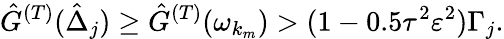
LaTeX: \hat{G}^{(T)}(\hat{\Delta}_{j})\geq\hat{G}^{(T)}(\omega_{k_{m}})>(1-0.5\tau^{2}\varepsilon^{2})\Gamma_{j}.